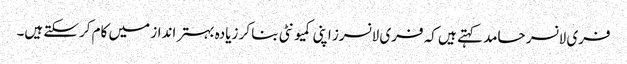
فری لانسر حامد کہتے ہیں کہ فری لانسرز اپنی کمیونٹی بنا کر زیادہ بہتر انداز میں کام کرسکتے ہیں۔